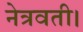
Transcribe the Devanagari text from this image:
नेत्रवती।